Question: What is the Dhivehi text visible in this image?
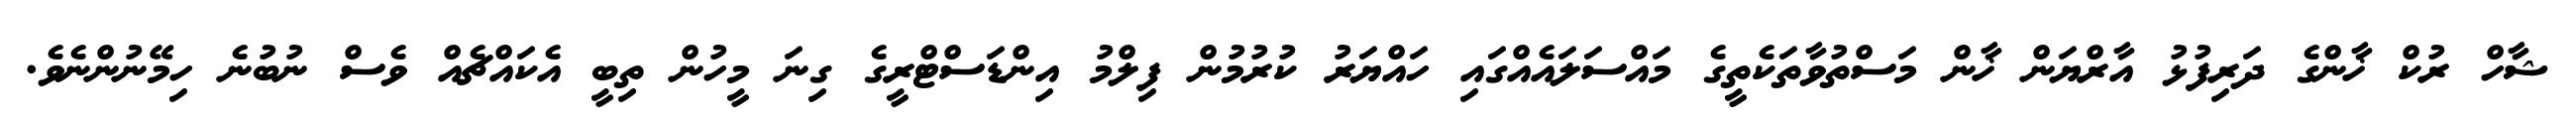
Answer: ޝާހް ރުކް ޚާންގެ ދަރިފުޅު އާރްޔަން ޚާން މަސްތުވާތަކެތީގެ މައްސަލައެއްގައި ހައްޔަރު ކުރުމުން ފިލްމު އިންޑަސްޓްރީގެ ގިނަ މީހުން ތިބީ އެކައްޗެއް ވެސް ނުބުނެ ހިމޭނުންނެވެ.